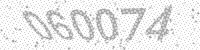
Solution: 060074